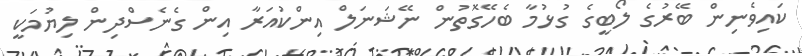
ކައިވެނިން ބޭރުގެ ލޯބީގެ ގުޅުމާ ބެހޭގޮތުން ނޭޝަނަލް އިންކުއަރާ އިން ގެނެސްދިން ލިޔުމަކީ